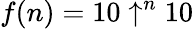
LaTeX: f(n)=10\uparrow^{n}10